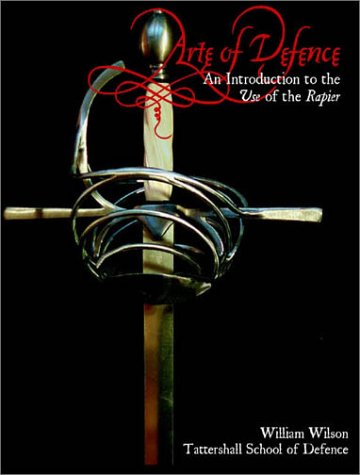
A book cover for Arte of Defence: An Introduction to the Use of the Rapier; William E. Wilson; Sports & Outdoors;